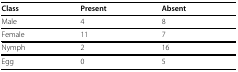
| Class | Present | Absent |
 | --- | --- | --- |
 | Male | 4 | 8 |
 | Female | 11 | 7 |
 | Nymph | 2 | 16 |
 | Egg | 0 | 5 |